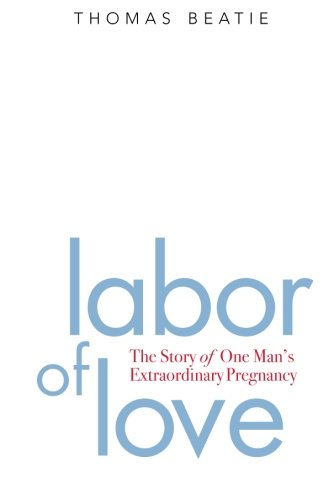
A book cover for Labor of Love: The Story of One Man's Extraordinary Pregnancy; Thomas Beatie; Gay & Lesbian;